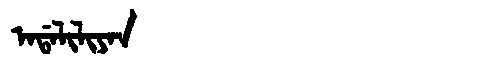
Manchu: ᠠᡩᠠᠯᡳᠯᡳᠶᠠᠨ
Romanization: ADALILIYAN